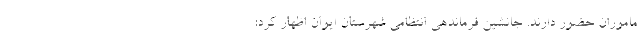
ماموران حضور دارند. جانشین فرماندهی انتظامی شهرستان ایوان اظهار کرد: